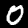
Label: 0